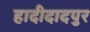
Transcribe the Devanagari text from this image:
हादीदादपुर